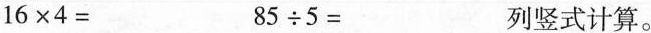
$$2 6 \times 4 =$$$$8 5 \div 5 =$$列竖式计算。